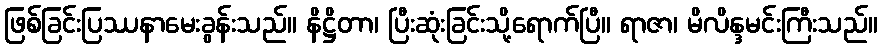
ဖြစ်ခြင်းပြဿနာမေးခွန်းသည်။ နိဋ္ဌိတာ၊ ပြီးဆုံးခြင်းသို့ရောက်ပြီ။ ရာဇာ၊ မိလိန္ဒမင်းကြီးသည်။